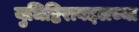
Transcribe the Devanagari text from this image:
युधिष्ठिराबद्दलच्या